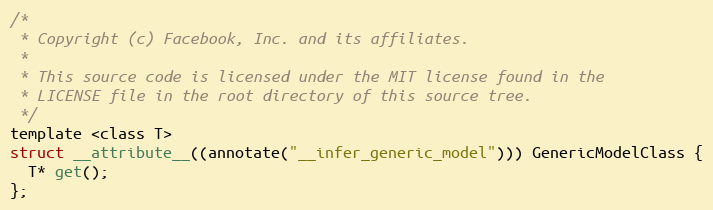
Language: C
/*
 * Copyright (c) Facebook, Inc. and its affiliates.
 *
 * This source code is licensed under the MIT license found in the
 * LICENSE file in the root directory of this source tree.
 */
template <class T>
struct __attribute__((annotate("__infer_generic_model"))) GenericModelClass {
  T* get();
};